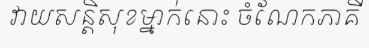
វាយសន្តិសុខម្នាក់នោះ ចំណែកភាគី